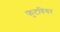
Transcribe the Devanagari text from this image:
फुटवियर